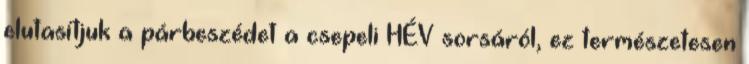
elutasítjuk a párbeszédet a csepeli HÉV sorsáról, ez természetesen